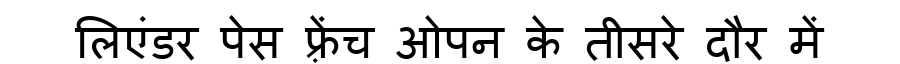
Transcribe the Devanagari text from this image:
लिएंडर पेस फ़्रेंच ओपन के तीसरे दौर में